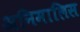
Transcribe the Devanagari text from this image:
अनिमालिस